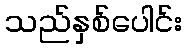
သည်နှစ်ပေါင်း